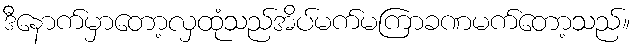
ဒီနောက်မှာတော့လှထုံသည်အိပ်မက်မကြာခဏမက်တော့သည်။